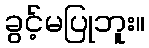
ခွင့်မပြုဘူး။